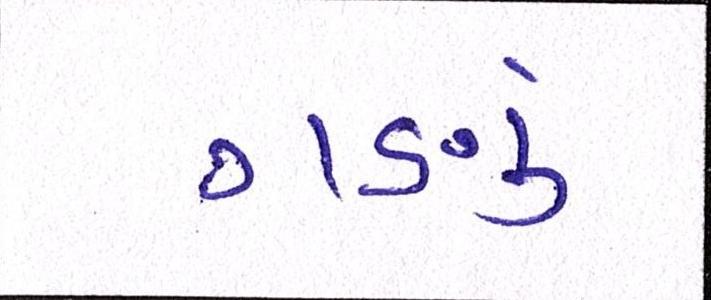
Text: ગણું